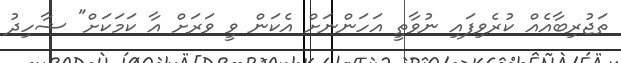
ތަޖުރިބާއެއް ކުރެވިފައި ނުވާތީ އަހަންނަށް އެކަން ވީ ވަރަށް އާ ކަމަކަށް" ޝާހިދު